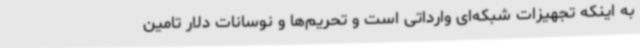
به اینکه تجهیزات شبکه‌ای وارداتی است و تحریم‌ها و نوسانات دلار تامین